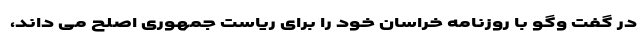
در گفت وگو با روزنامه خراسان خود را برای ریاست جمهوری اصلح می داند،